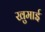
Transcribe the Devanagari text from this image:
खुमाई